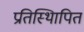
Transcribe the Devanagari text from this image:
प्रतिस्थिापित